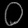
Digit: ၀